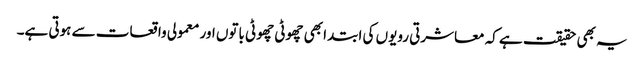
یہ بھی حقیقت ہے کہ معاشرتی رویوں کی ابتدا بھی چھوٹی چھوٹی باتوں اور معمولی واقعات سے ہوتی ہے۔